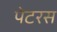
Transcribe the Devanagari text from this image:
पेटरस